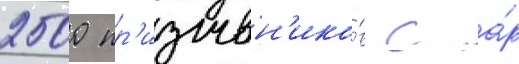
2500 пр'изывн'ико́в с а́р